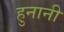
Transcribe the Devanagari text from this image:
हुनानी